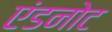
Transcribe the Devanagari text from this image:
एंडनोट